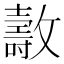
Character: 𣀘